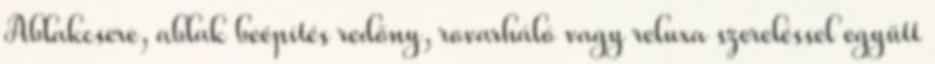
Ablakcsere, ablak beépítés redőny, rovarháló vagy reluxa szereléssel együtt